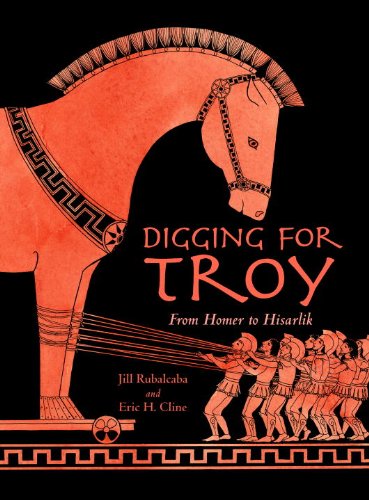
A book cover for Digging for Troy; Jill Rubalcaba; Children's Books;